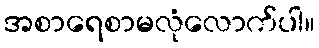
အစာရေစာမလုံလောက်ပါ။